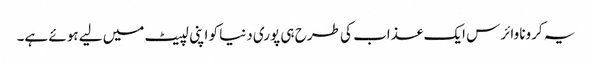
یہ کرونا وائرس ایک عذاب کی طرح ہی پوری دنیا کو اپنی لپیٹ میں لیے ہوئے ہے۔